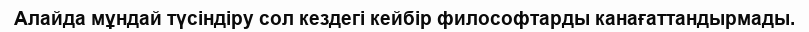
Алайда мұндай түсіндіру сол кездегі кейбір философтарды канағаттандырмады.